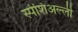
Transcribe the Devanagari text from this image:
स्पेशिअल्ली